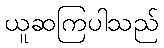
ယူဆကြပါသည်